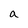
Character: a